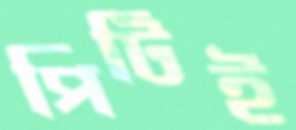
পিটিই